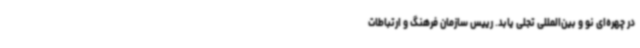
در چهره‌ای نو و بین‌المللی تجلی یابد. رییس سازمان فرهنگ و ارتباطات